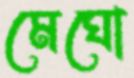
মেঘো